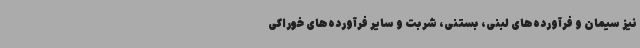
نیز سیمان و فرآورده‌های لبنی، بستنی، شربت و سایر فرآورده‌های خوراکی